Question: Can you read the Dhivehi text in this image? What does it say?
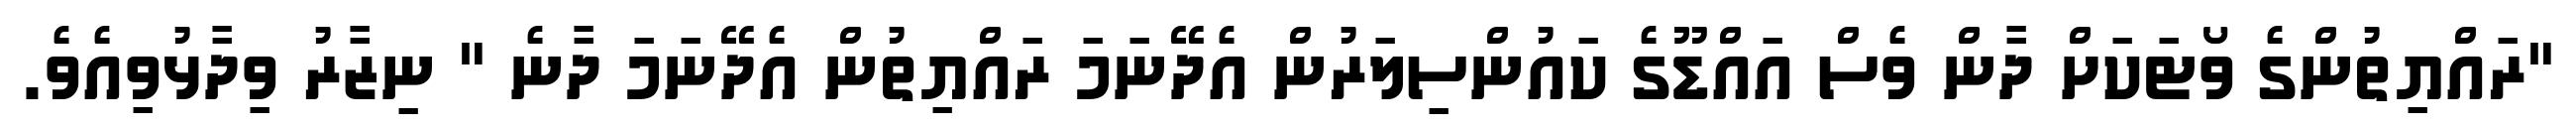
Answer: "ރައްޔިތުންގެ ވޯޓަކަށް ދާން ވެސް އައްޑޫގެ ކައުންސިލަރުން އެދޭނަމަ ރައްޔިތުން އެދޭނަމަ ދާނެ " ނިޒާރު ވިދާޅުވިއެވެ.